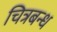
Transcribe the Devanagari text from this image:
चित्रबन्ध